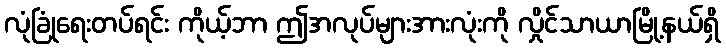
လုံခြုံရေးတပ်ရင်း ကိုယ့်ဘာ ဤအလုပ်များအားလုံးကို လှိုင်သာယာမြို့နယ်ရှိ